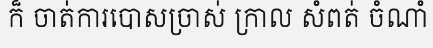
ក៏ ចាត់ការបោសច្រាស់ ក្រាល សំពត់ ចំណាំ